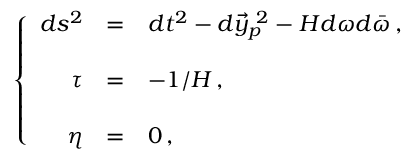
\left\{ \begin{array} { r c l } { { d s ^ { 2 } } } & { { = } } & { { d t ^ { 2 } - d \vec { y } _ { p } ^ { \ 2 } - H d \omega d \bar { \omega } \, , } } \\ { { } } & { { } } & { { } } \\ { { \tau } } & { { = } } & { { - 1 / { \cal H } \, , } } \\ { { } } & { { } } & { { } } \\ { { \eta } } & { { = } } & { { 0 \, , } } \end{array} \right.